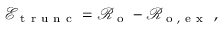
\mathcal { E } _ { \mathrm { ~ t ~ r ~ u ~ n ~ c ~ } } = \mathcal { R } _ { \mathrm { ~ o ~ } } - \mathcal { R } _ { \mathrm { ~ o ~ , ~ e ~ x ~ } } \ ,